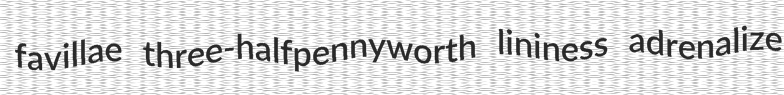
favillae three-halfpennyworth lininess adrenalize